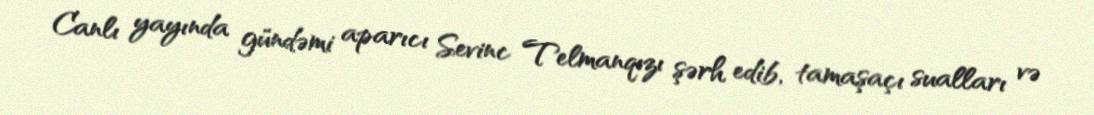
Canlı yayında gündəmi aparıcı Sevinc Telmanqızı şərh edib, tamaşaçı sualları və